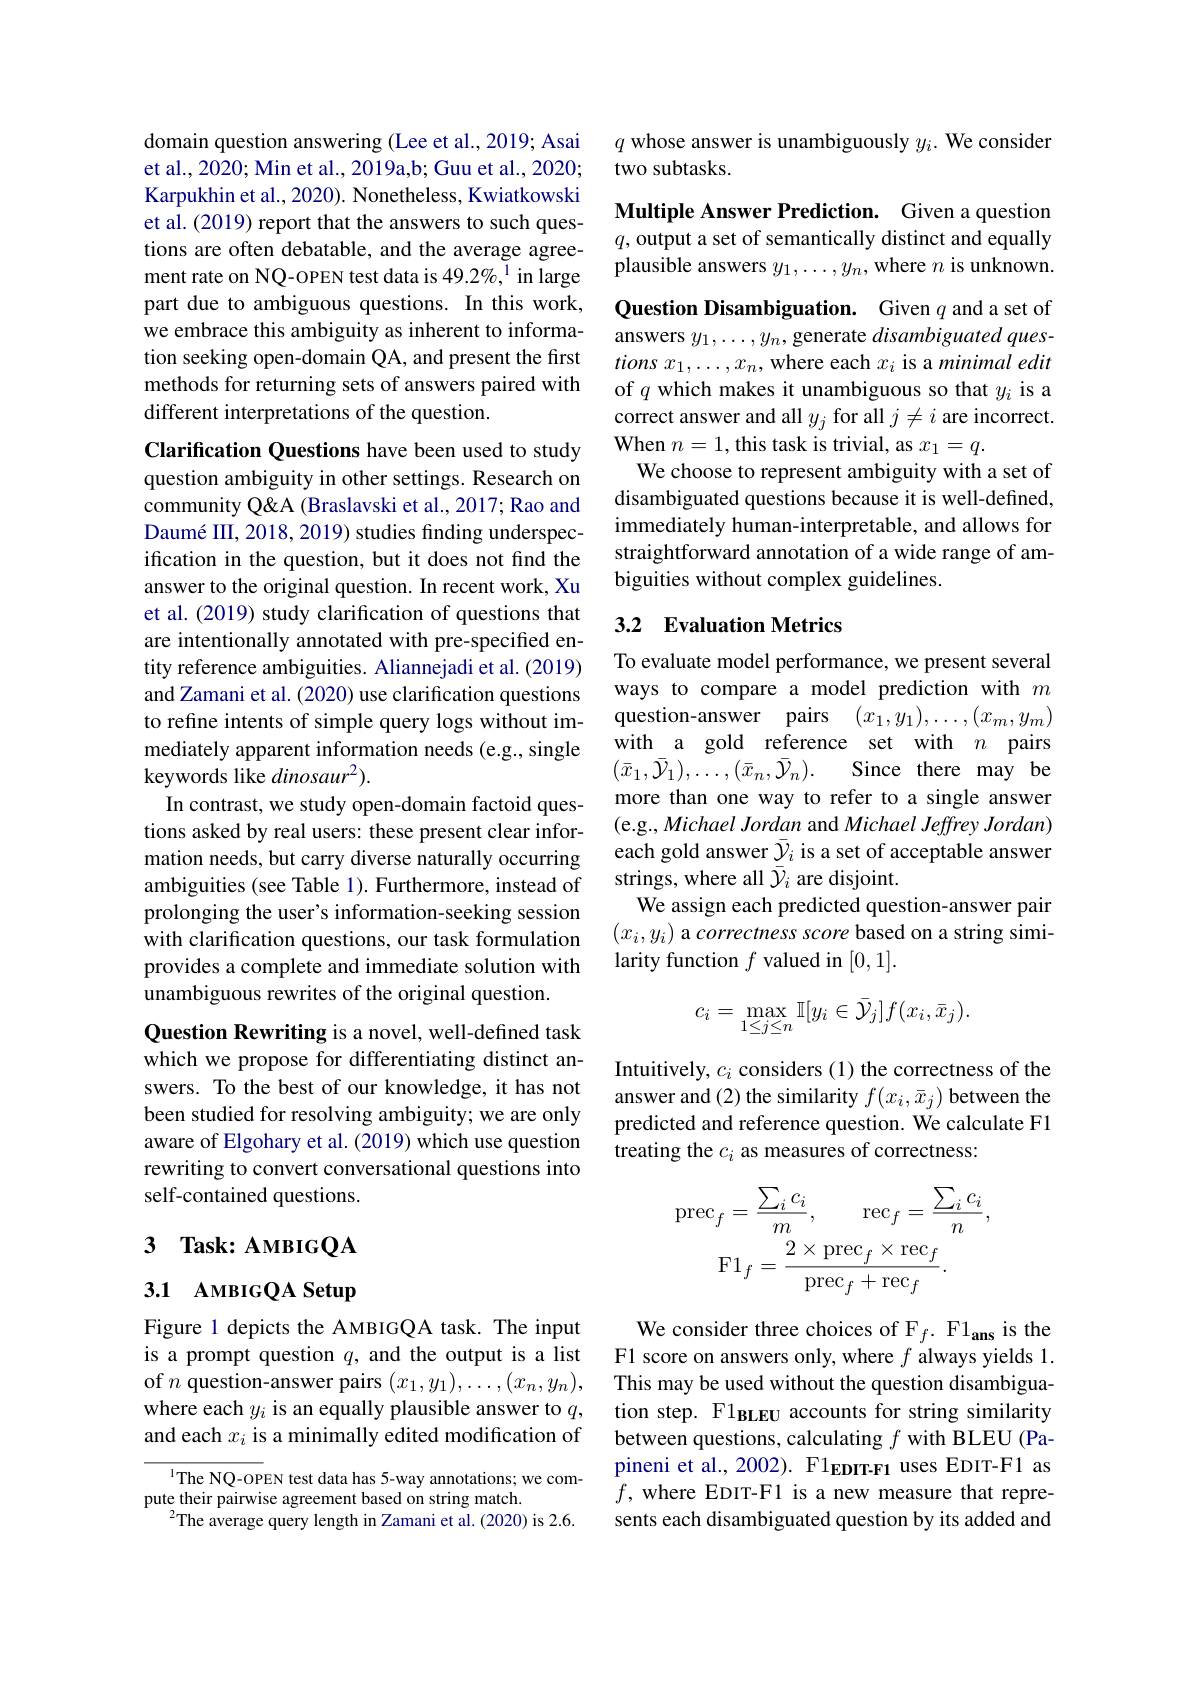
domain question answering (Lee et al., 2019; Asai et al., 2020; Min et al., 2019a,b; Guu et al., 2020; Karpukhin et al., 2020). Nonetheless, Kwiatkowski et al. (2019) report that the answers to such questions are often debatable, and the average agreement rate on NQ-OPEN test data is 49.2%,$^{1}$ in large part due to ambiguous questions. In this work, we embrace this ambiguity as inherent to information seeking open-domain QA, and present the first methods for returning sets of answers paired with different interpretations of the question.

Clarification Questions have been used to study question ambiguity in other settings. Research on community Q&A (Braslavski et al., 2017; Rao and Daumé III, 2018, 2019) studies finding underspecification in the question, but it does not find the answer to the original question. In recent work, Xu et al. (2019) study clarification of questions that are intentionally annotated with pre-specified entity reference ambiguities. Aliannejadi et al. (2019) and Zamani et al. (2020) use clarification questions to refine intents of simple query logs without immediately apparent information needs (e.g., single keywords like dinosaur$^2).$
In contrast, we study open-domain factoid questions asked by real users: these present clear information needs, but carry diverse naturally occurring ambiguities (see Table 1). Furthermore, instead of prolonging the user's information-seeking session with clarification questions, our task formulation provides a complete and immediate solution with unambiguous rewrites of the original question.

Question Rewriting is a novel, well-defined task which we propose for differentiating distinct answers. To the best of our knowledge, it has not been studied for resolving ambiguity; we are only aware of Elgohary et al. (2019) which use question rewriting to convert conversational questions into self-contained questions.

## 3 Task: AMBIG$\mathbf{Q}\mathbf{A}$

## 3.1 AMBIGQA Setup

Figure 1 depicts the AMBIGQA task. The input is a prompt question $q$, and the output is a list of $n$ question-answer pairs $(x_1,y_1),\ldots,(x_n,y_n)$, where each $y_i$ is an equally plausible answer to $q$, and each $x_i$ is a minimally edited modification of

$^{1}$The NQ-OPEN test data has 5-way annotations; we com-
pute their pairwise agreement based on string match.
$^{2}$The average query length in Zamani et al.(2020) is 2.6.

$q$ whose answer is unambiguously $y_i.$ We consider
two subtasks.

Multiple Answer Prediction. Given a question $q$, output a set of semantically distinct and equally plausible answers $y_1,\ldots,y_n$, where $n$ is unknown. Question Disambiguation. Given $q$ and a set ot answers $y_1,\ldots,y_n$,generate disambiguated ques- $tions~x_1,\ldots,x_n$, where each $x_i$ is a minimal edit of $q$ which makes it unambiguous so that $y_i$ is a correct answer and all $y_j$ for all $j\neq i$ are incorrect. When $n=1$,this task is trivial, as $x_1=q.$
We choose to represent ambiguity with a set of disambiguated questions because it is well-defined, immediately human-interpretable, and allows for straightforward annotation of a wide range of ambiguities without complex guidelines.

## 3.2 Evaluation Metrics

To evaluate model performance, we present several ways to compare a model prediction with $m$ question-answer pairs $(x_1,y_1),\ldots,(x_m,y_m)$ with a gold reference set with $n$ pairs $(\bar{x}_1,\bar{\mathcal{Y}}_1),\ldots,(\bar{x}_n,\bar{\mathcal{Y}}_n).$
Since there may be
more than one way to refer to a single answer (e.g., Michael Jordan and Michael Jeffrey Jordan) each gold answer $\bar{y}_i$ is a set of acceptable answer strings, where all $\bar{\mathcal{Y}}_i$ are disjoint.
We assign each predicted question-answer pair $( x_i, y_i)$a correctness score based on a string simi- larity function $f$ valued in [0,1].
$$c_{i}=\max_{1\leq j\leq n}\mathbb{I}[y_{i}\in\bar{\mathcal{Y}}_{j}]f(x_{i},\bar{x}_{j}).$$
Intuitively, $c_i$ considers (1) the correctness of the answer and (2) the similarity $f(x_i,\bar{x}_j)$ between the predicted and reference question. We calculate F1 treating the $c_i$ as measures of correctness:
$$\mathrm{prec}_{f}=\frac{\sum_{i}c_{i}}{m},\quad\mathrm{rec}_{f}=\frac{\sum_{i}c_{i}}{n},\\\mathrm{F}1_{f}=\frac{2\times\mathrm{prec}_{f}\times\mathrm{rec}_{f}}{\mathrm{prec}_{f}+\mathrm{rec}_{f}}.$$
We consider three choices of Ff. F1$_\mathrm{ans}$ is the F1 score on answers only, where $f$ always yields 1. This may be used without the question disambiguation step. F1BLEU accounts for string similarity between questions, calculating $f$ with BLEU (Papineni et al., 2002). F1$_{\mathbf{EDIT-F1}}$ uses EDIT-F1 as $f$, where EDIT-F1 is a new measure that represents each disambiguated question by its added and